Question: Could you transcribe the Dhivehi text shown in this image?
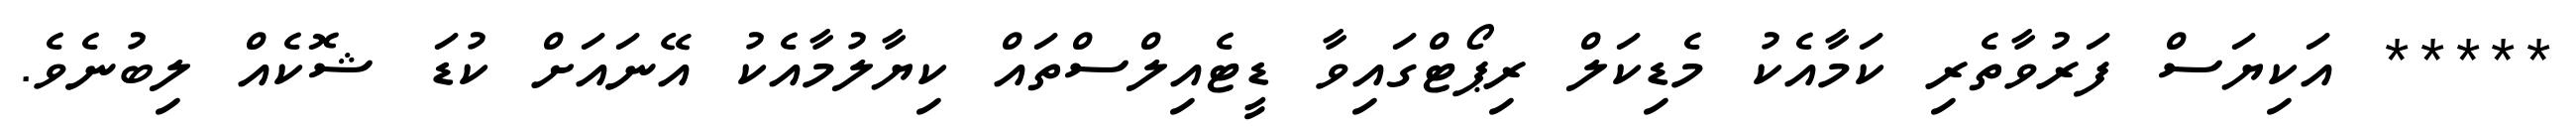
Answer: ***** އަކިޔަސް ފަރުވާތެރި ކަމާއެކު މެޑިކަލް ރިޕޯޓްގައިވާ ޑީޓެއިލްސްތައް ކިޔާލުމާއެކު އޭނައަށް ކުޑަ ޝޮކެއް ލިބުނެވެ.